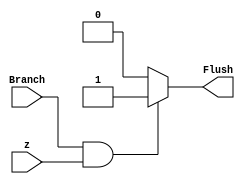
`timescale 1ns / 1ps
//////////////////////////////////////////////////////////////////////////////////
// Company: 
// Engineer: 
// 
// Design Name: 
// Module Name: Branch_predictor_static_not_take
// Project Name: 
// Target Devices: 
// Tool Versions: 
// Description: 
// 
// Dependencies: 
// 
// Revision:
// Revision 0.01 - File Created
// Additional Comments:
// 
//////////////////////////////////////////////////////////////////////////////////


module Branch_predictor_static_not_take(

input Branch,z,
output reg Flush=0

    );
    
    always@(*)
    if(Branch&&z)
    Flush=1;
    else
    Flush=0;
    
    
    
endmodule